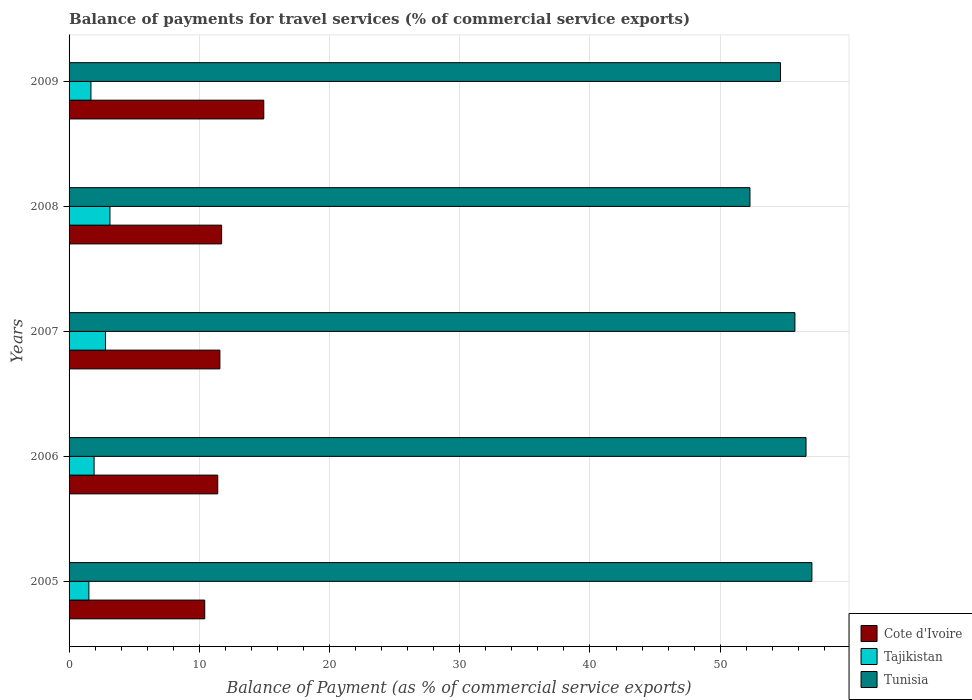
| Years | Cote d'Ivoire | Tajikistan | Tunisia |
 | --- | --- | --- | --- |
 | 2005 | 10.4 | 1.52 | 57 |
 | 2006 | 11.4 | 1.92 | 56.6 |
 | 2007 | 11.6 | 2.8 | 55.7 |
 | 2008 | 11.7 | 3.14 | 52.3 |
 | 2009 | 15 | 1.68 | 54.6 |